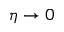
\eta \rightarrow 0